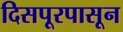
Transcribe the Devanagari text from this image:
दिसपूरपासून